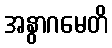
အနွာဂမေတိ